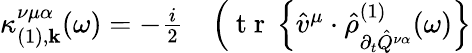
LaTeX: \begin{array}{rl}{\kappa_{(1),\mathbf{k}}^{\nu\mu\alpha}(\omega)=-\frac{i}{2}}&{{}\Big(\mathrm{~t~r~}\left\{ \hat{v}^{\mu}\cdot\hat{\rho}_{\partial_{t}\hat{Q}^{\nu\alpha}}^{(1)}(\omega)\right\} }\end{array}